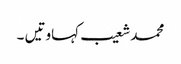
محمد شعیب	کہاوتیں ۔